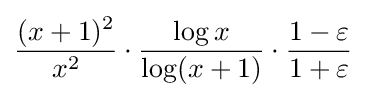
{\frac {(x+1)^{2}}{x^{2}}}\cdot {\frac {\log x}{\log(x+1)}}\cdot {\frac {1-\varepsilon }{1+\varepsilon }}\;